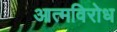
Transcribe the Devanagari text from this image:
आत्मविरोध